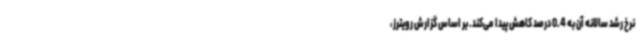
نرخ رشد سالانه آن به 0.4 درصد کاهش پیدا می‌کند. بر اساس گزارش رویترز،